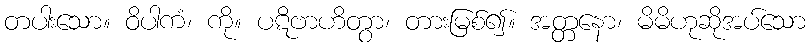
တပါးသော။ ဝိပါကံ၊ ကို။ ပဋိဗာဟိတွာ၊ တားမြစ်၍။ အတ္တနော၊ မိမိဟုဆိုအပ်သော